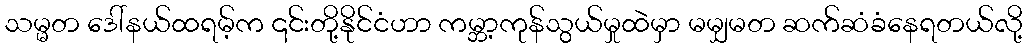
သမ္မတ ဒေါ်နယ်ထရမ့်က ၎င်းတို့နိုင်ငံဟာ ကမ္ဘာ့ကုန်သွယ်မှုထဲမှာ မမျှမတ ဆက်ဆံခံနေရတယ်လို့